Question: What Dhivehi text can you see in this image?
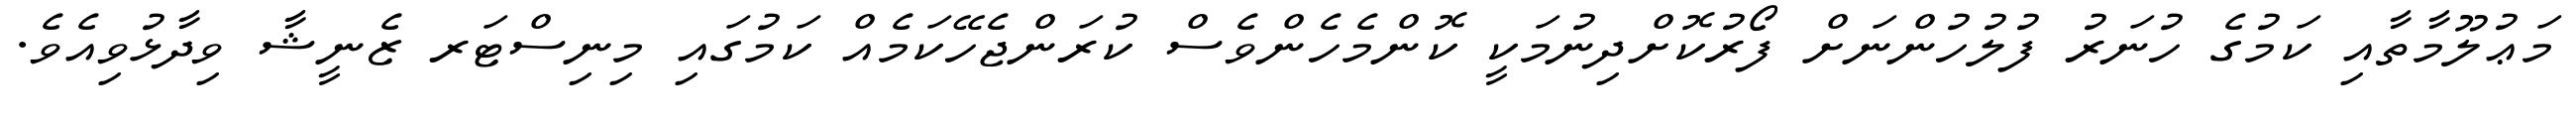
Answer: މަޢުލޫމާތާއި ކަމުގެ ހުނަރު ފުލުހުންނަށް ފޯރުކޮށްދިނުމަކީ ކޮންމެހެންވެސް ކުރަންޖެހޭކަމެއް ކަމުގައި މިނިސްޓަރ ޒެނީޝާ ވިދާޅުވިއެވެ.